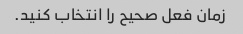
زمان فعل صحیح را انتخاب کنید.